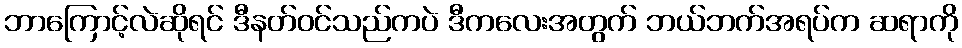
ဘာကြောင့်လဲဆိုရင် ဒီနတ်ဝင်သည်ကပဲ ဒီကလေးအတွက် ဘယ်ဘက်အရပ်က ဆရာကို